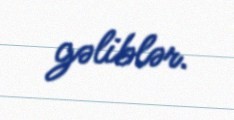
gəliblər.